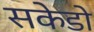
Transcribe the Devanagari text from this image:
सकेडो